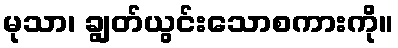
မုသာ၊ ချွတ်ယွင်းသောစကားကို။